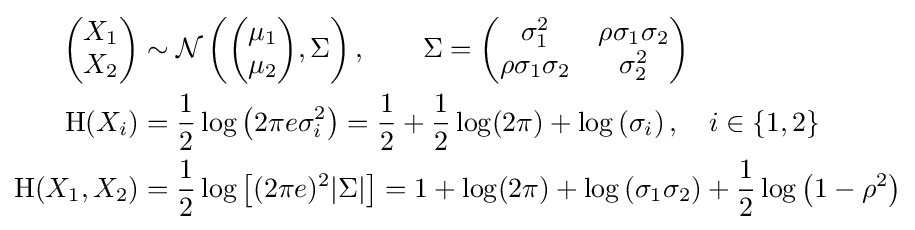
{\begin{aligned}{\begin{pmatrix}X_{1}\\X_{2}\end{pmatrix}}&\sim {\mathcal {N}}\left({\begin{pmatrix}\mu _{1}\\\mu _{2}\end{pmatrix}},\Sigma \right),\qquad \Sigma ={\begin{pmatrix}\sigma _{1}^{2}&\rho \sigma _{1}\sigma _{2}\\\rho \sigma _{1}\sigma _{2}&\sigma _{2}^{2}\end{pmatrix}}\\\mathrm {H} (X_{i})&={\frac {1}{2}}\log \left(2\pi e\sigma _{i}^{2}\right)={\frac {1}{2}}+{\frac {1}{2}}\log(2\pi )+\log \left(\sigma _{i}\right),\quad i\in \{1,2\}\\\mathrm {H} (X_{1},X_{2})&={\frac {1}{2}}\log \left[(2\pi e)^{2}|\Sigma |\right]=1+\log(2\pi )+\log \left(\sigma _{1}\sigma _{2}\right)+{\frac {1}{2}}\log \left(1-\rho ^{2}\right)\\\end{aligned}}